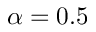
\alpha = 0 . 5